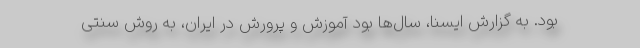
بود. به گزارش ایسنا، سال‌ها بود آموزش و پرورش در ایران، به روش سنتی